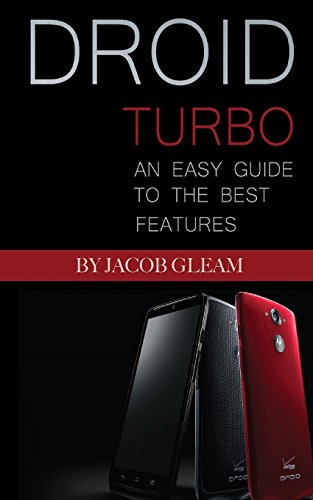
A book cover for Droid Turbo: An Easy Guide to the Best Features; Jacob Gleam; Computers & Technology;